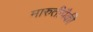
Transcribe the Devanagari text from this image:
मारुतीपैकी